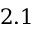
2 . 1